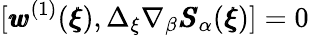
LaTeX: [{\pmb w}^{(1)}({\pmb\xi}),\Delta_{\xi}\nabla_{\beta}{\pmb S}_{\alpha}({\pmb\xi})]=0